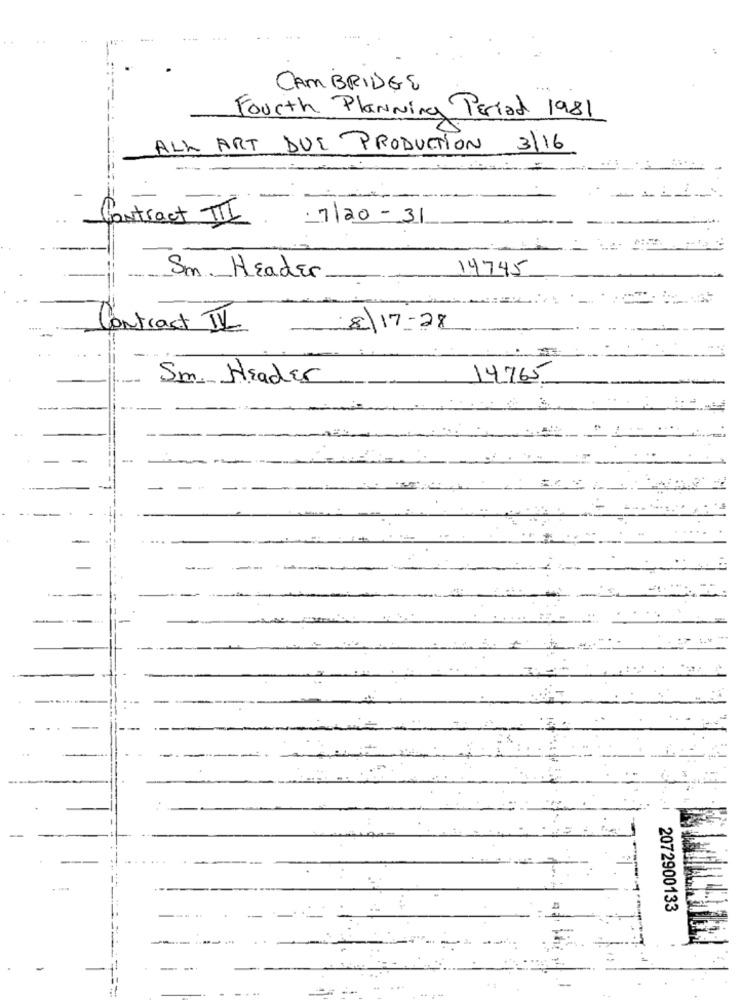
CAMBRIDGE
Fourth Planning Period 1981
ALL ART DUE PRODUCTION 3/16
Contract TII
7120-31
-
14745
Sm. Header
contract IV
-
8) 17-28
Sm. Header
14765
...
2072900133